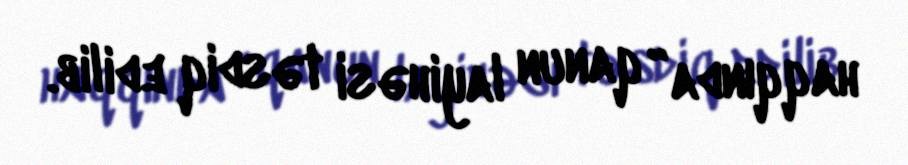
haqqında” qanun layihəsi təsdiq edilib.